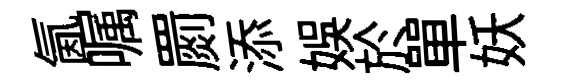
氤嘱罽添娱於單妖